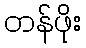
တန်ဖိုး